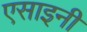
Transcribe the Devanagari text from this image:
एसाइनी